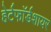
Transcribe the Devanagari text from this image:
हेर्टफाॅर्डशायर